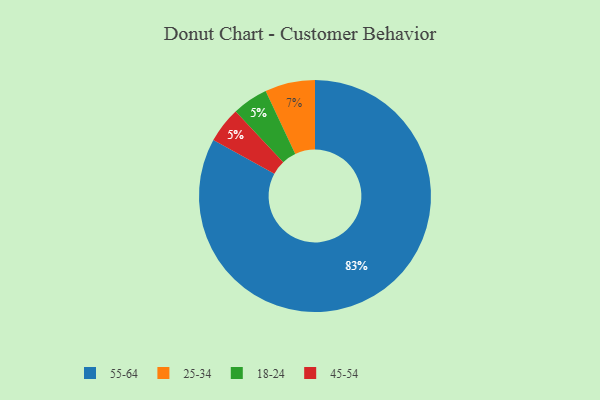
{"axis": {"x": "Category", "y": "Percentage"}, "legend": ["18-24", "25-34", "45-54", "55-64"], "data": [{"x": "18-24", "y": 5, "type": "18-24"}, {"x": "55-64", "y": 83, "type": "55-64"}, {"x": "45-54", "y": 5, "type": "45-54"}, {"x": "25-34", "y": 7, "type": "25-34"}]}